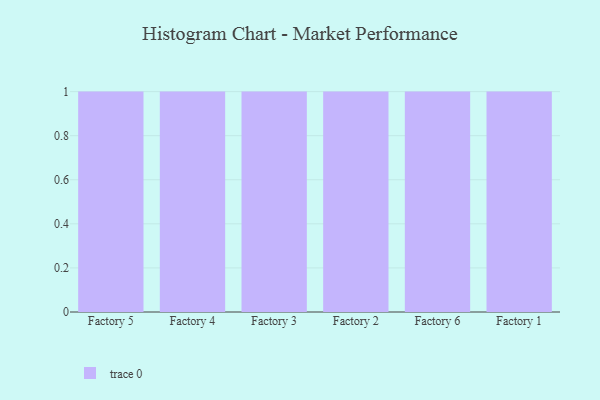
{"axis": {"x": "Factory", "y": "Conversion Rate (%)"}, "legend": [""], "data": [{"x": "Factory 5", "y": 28, "type": ""}, {"x": "Factory 4", "y": 43, "type": ""}, {"x": "Factory 3", "y": 96, "type": ""}, {"x": "Factory 2", "y": 87, "type": ""}, {"x": "Factory 6", "y": 58, "type": ""}, {"x": "Factory 1", "y": 11, "type": ""}]}